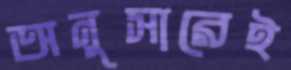
অনুসারেই